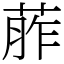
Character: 葄